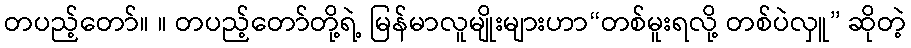
တပည့်တော်။ ။ တပည့်တော်တို့ရဲ့ မြန်မာလူမျိုးများဟာ“တစ်မူးရလို့ တစ်ပဲလှူ” ဆိုတဲ့